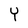
Character: Y